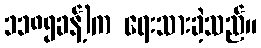
၁၁၈၅ခန့်)က ရေးသားခဲ့သည်။